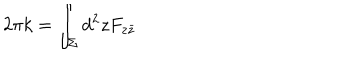
LaTeX: 2 \pi k = \int _ { \Sigma } d ^ { 2 } z F _ { z \bar { z } }